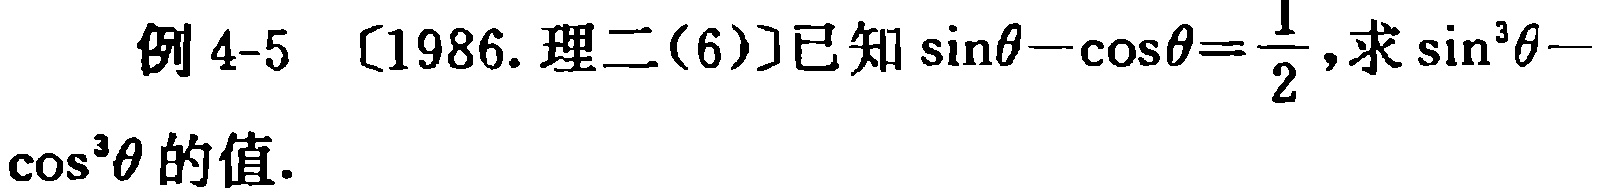
例 4-5 〔1986. 理二(6)〕已知\(\sin\theta - \cos\theta=\frac{1}{2}\),求\(\sin^{3}\theta - \cos^{3}\theta\)的值.